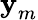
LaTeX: \textrm{\textbf{y}}_{m}